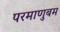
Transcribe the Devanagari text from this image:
परमाणुबम